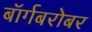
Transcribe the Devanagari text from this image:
बॉर्गबरोबर